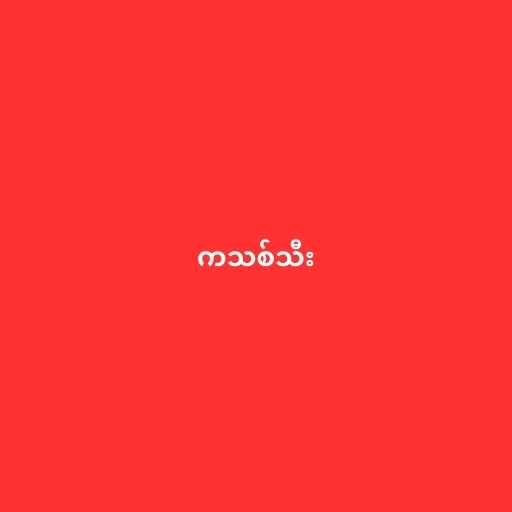
ကသစ်သီး